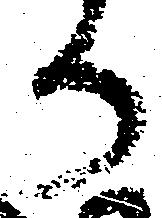
か